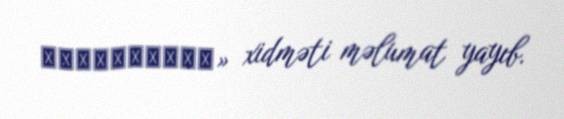
Расписания» xidməti məlumat yayıb.